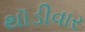
થૉડીવાર